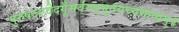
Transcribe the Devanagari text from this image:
पुरुषऽएवेदगूँसर्वंयद्भूतंयच्चभाव्यम्॥